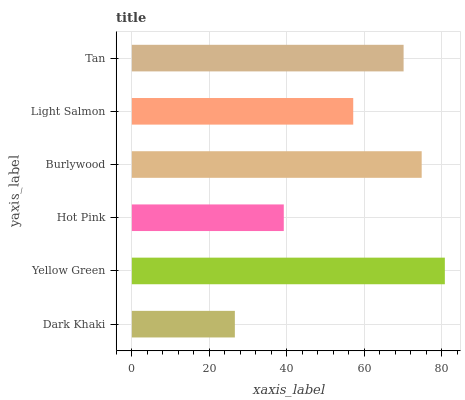
| yaxis_label | bars |
 | --- | --- |
 | Dark Khaki | 26.6 |
 | Yellow Green | 80.8 |
 | Hot Pink | 39.2 |
 | Burlywood | 74.9 |
 | Light Salmon | 57.2 |
 | Tan | 70.2 |